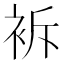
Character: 𧙝